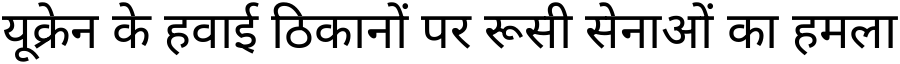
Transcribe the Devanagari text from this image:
यूक्रेन के हवाई ठिकानों पर रूसी सेनाओं का हमला